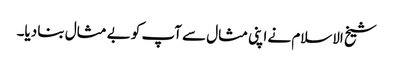
شیخ الاسلام نے اپنی مثال سے آپ کو بے مثال بنا دیا۔